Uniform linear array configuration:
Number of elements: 24
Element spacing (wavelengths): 0.75
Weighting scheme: exponential
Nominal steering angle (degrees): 0
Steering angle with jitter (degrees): -0.385
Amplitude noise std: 0.05
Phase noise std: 0.05

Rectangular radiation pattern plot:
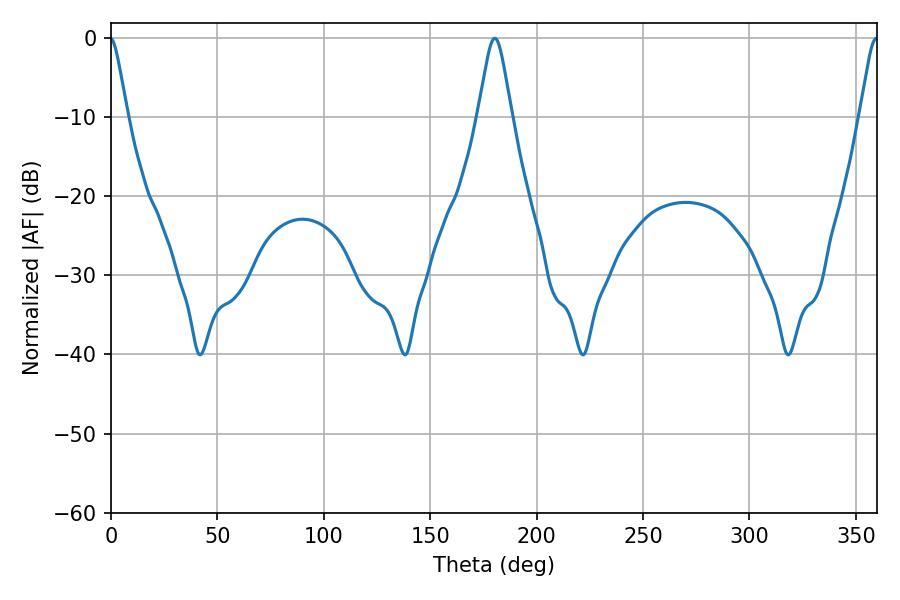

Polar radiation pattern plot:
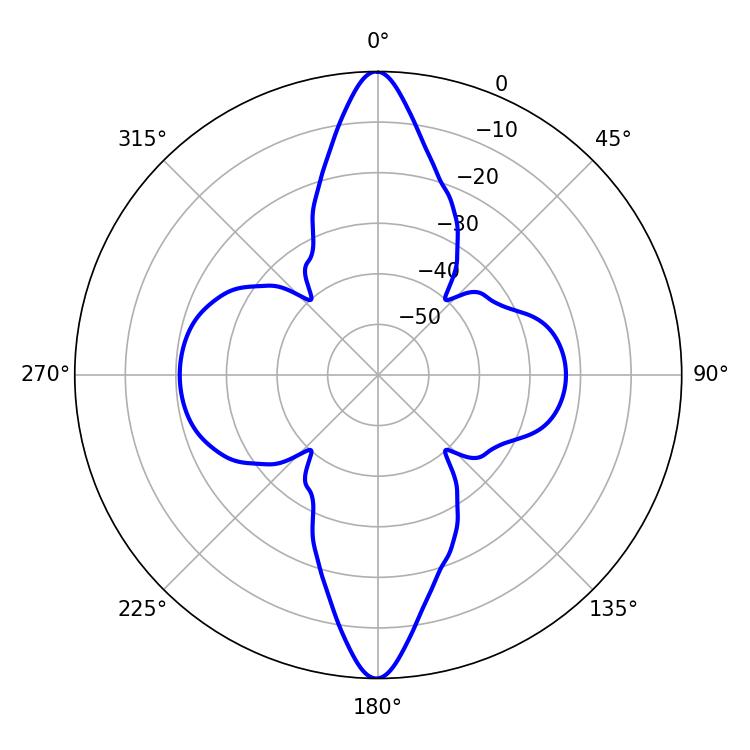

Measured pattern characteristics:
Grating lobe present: TRUE
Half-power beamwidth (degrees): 7.56
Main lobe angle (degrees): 180.36